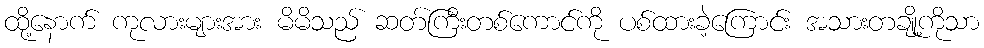
ထို့နောက် ကုလားများအား မိမိသည် ဆတ်ကြီးတစ်ကောင်ကို ပစ်ထားခဲ့ကြောင်း အသားတချို့ကိုသာ